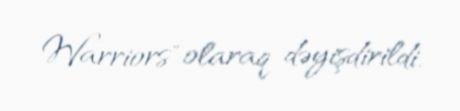
Warriors" olaraq dəyişdirildi.